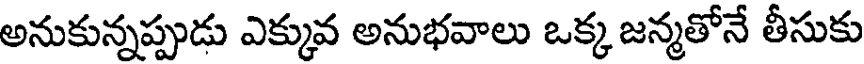
అనుకున్నప్పుడు ఎక్కువ అనుభవాలు ఒక్క జన్మతోనే తీసుకు